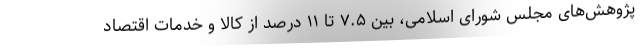
پژوهش‌های مجلس شورای اسلامی، بین ۷.۵ تا ۱۱ درصد از کالا و خدمات اقتصاد